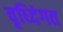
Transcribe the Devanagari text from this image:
वृध्दिंगत